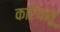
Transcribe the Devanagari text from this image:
करियातू